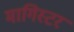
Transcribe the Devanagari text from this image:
मागिस्टर